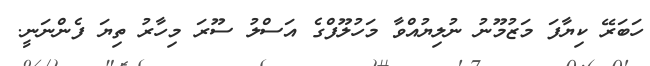
ހަބަރޭ ކިޔާފަ މަޒުމޫނު ނުލިޔުއްވާ މަހުލޫފްގެ އަސްލު ސޫރަ މިހާރު ތިޔަ ފެންނަނީ.